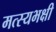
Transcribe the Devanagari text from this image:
मत्स्यभक्षी